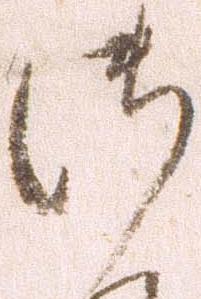
御